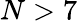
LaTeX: N>7